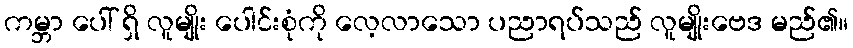
ကမ္ဘာ ပေါ် ရှိ လူမျိုး ပေါင်းစုံကို လေ့လာသော ပညာရပ်သည် လူမျိုးဗေဒ မည်၏။